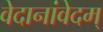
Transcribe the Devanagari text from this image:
वेदानांवेदम्